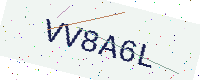
Text: VV8A6L